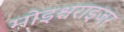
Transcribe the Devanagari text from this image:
मोइश्चराइजर